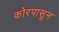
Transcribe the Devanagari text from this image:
कोरपासून